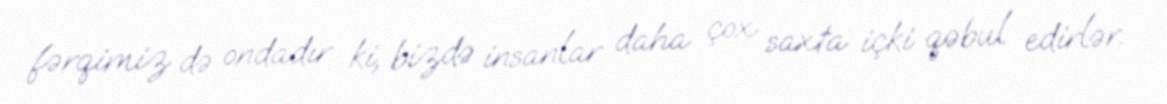
fərqimiz də ondadır ki, bizdə insanlar daha çox saxta içki qəbul edirlər.